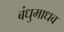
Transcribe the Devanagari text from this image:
बंधुमाधव